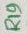
Text: R19